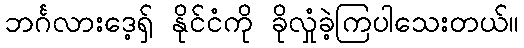
ဘင်္ဂလားဒေ့ရှ် နိုင်ငံကို ခိုလှုံခဲ့ကြပါသေးတယ်။